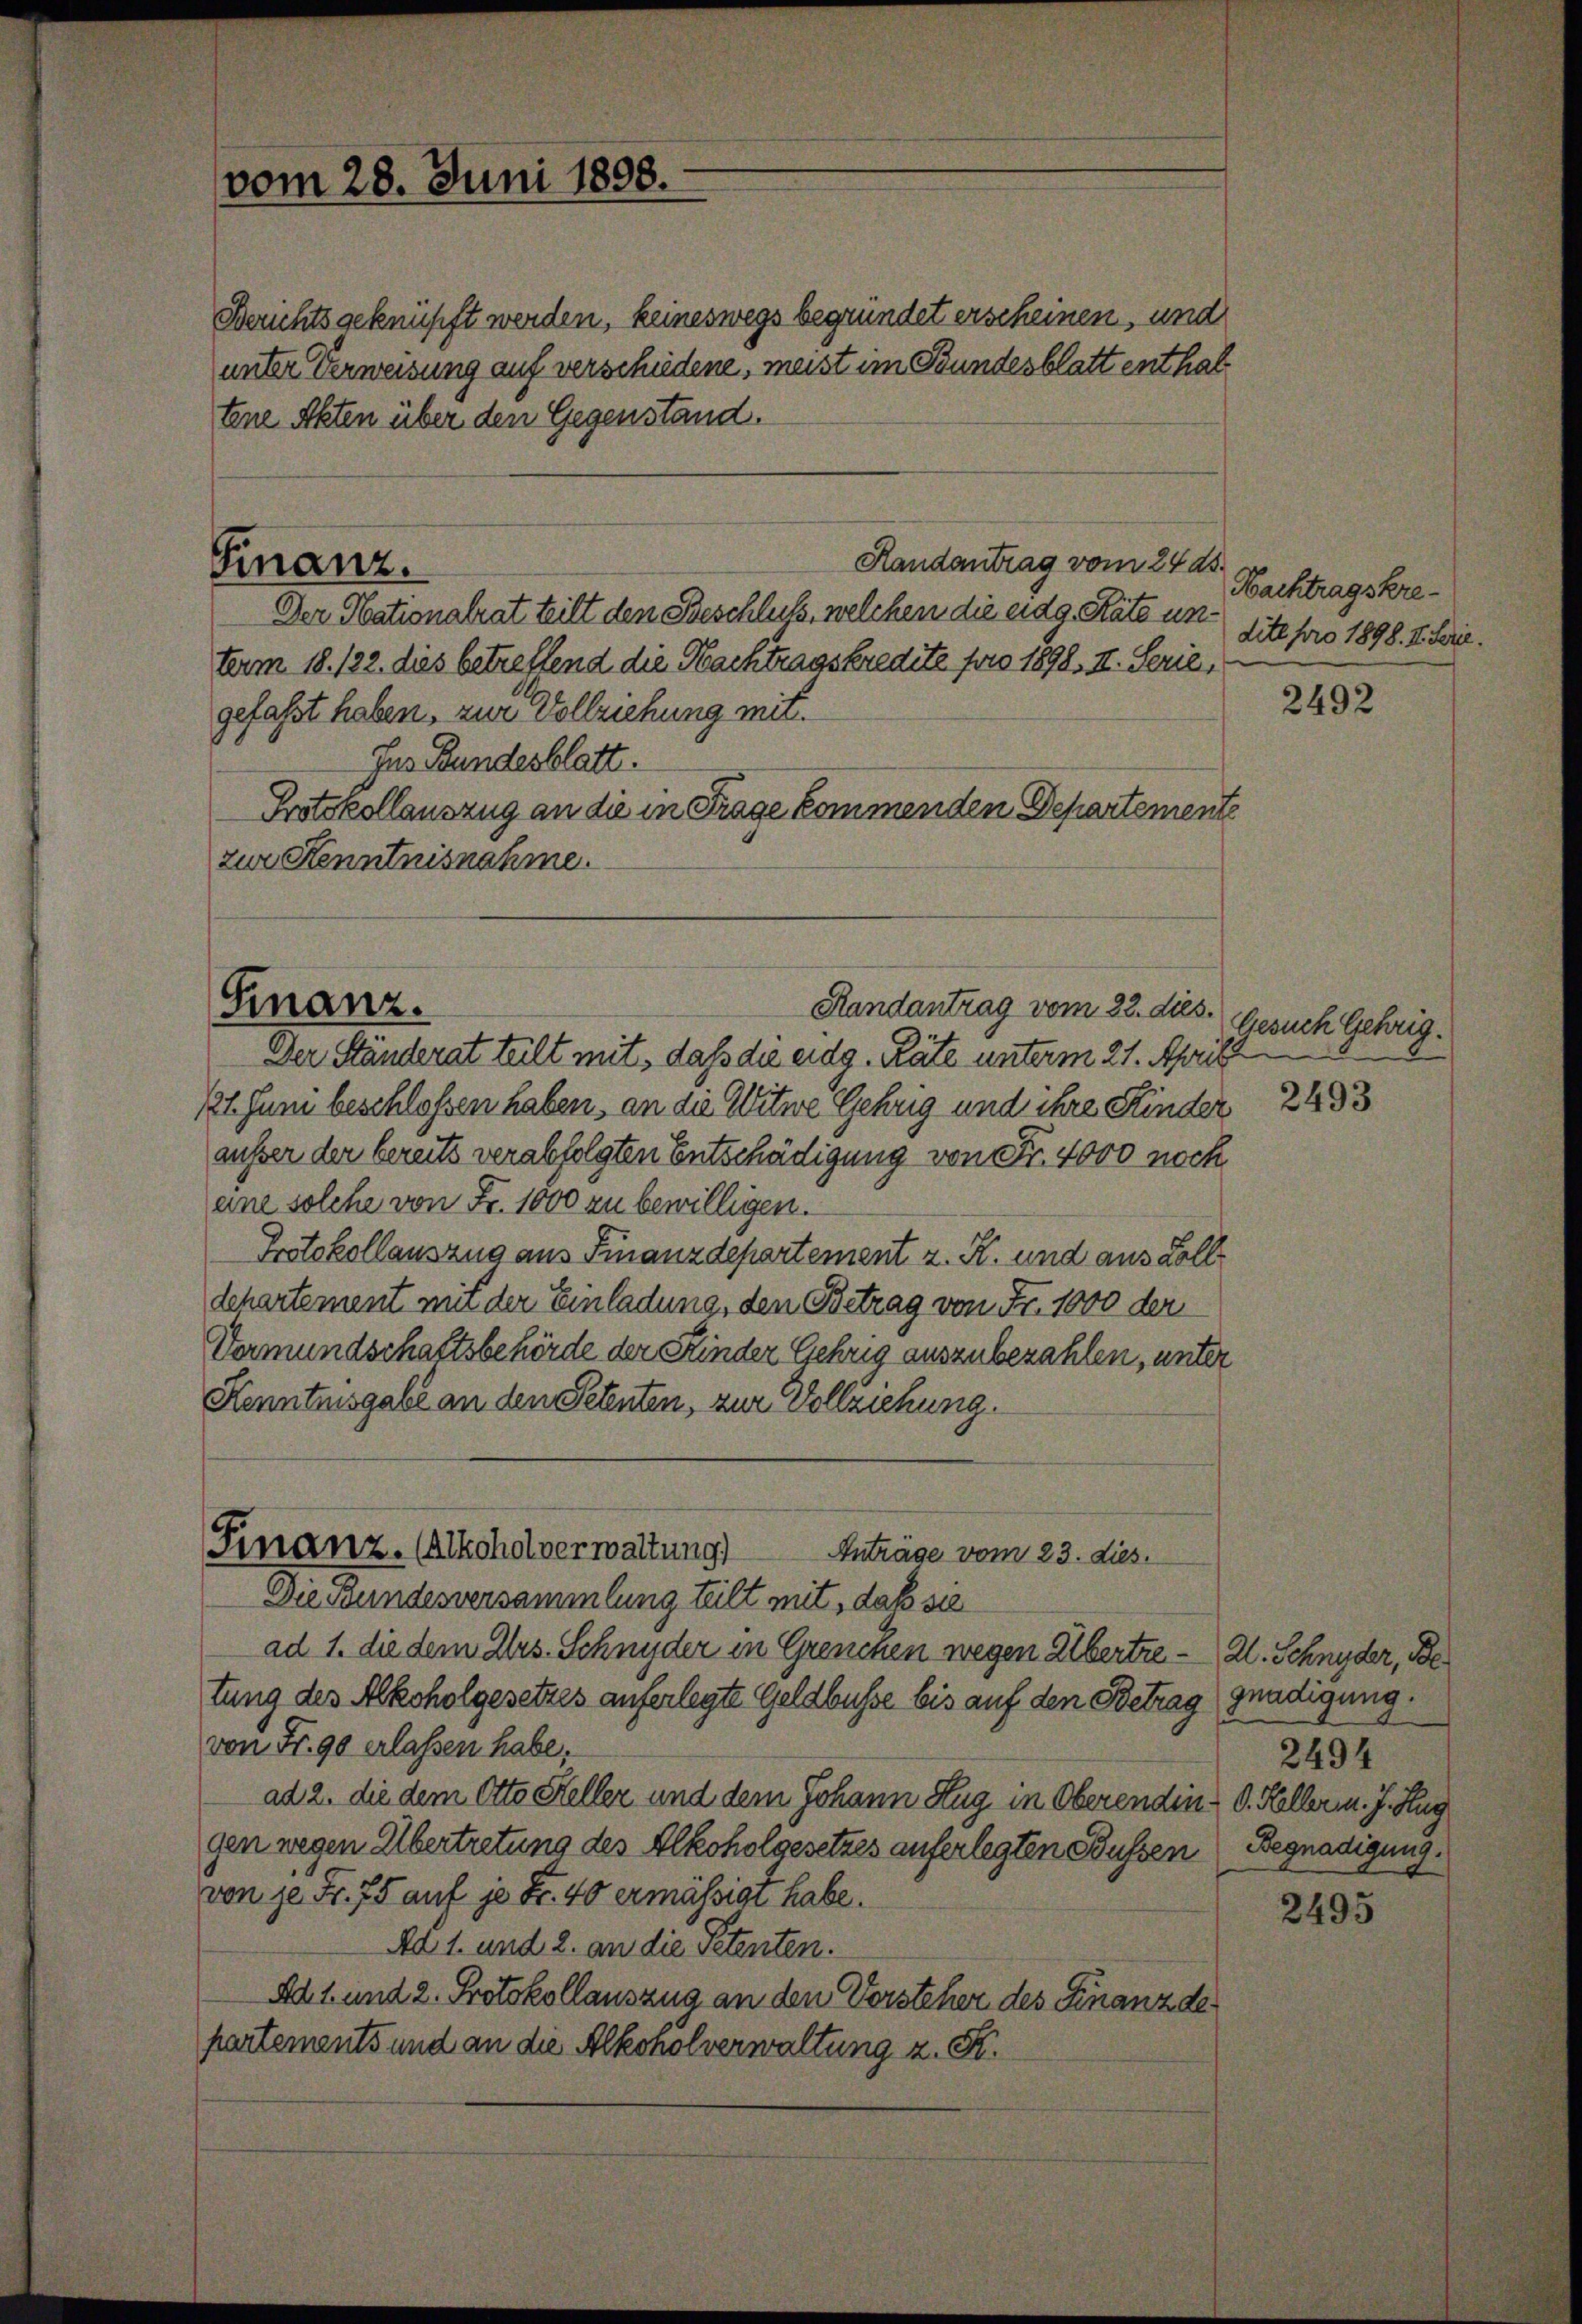
vom 28. Juni 1898.

Berichts geknüpft werden, keineswegs begründet erscheinen, und
unter Verweisung auf verschiedene, meist im Bundesblatt enthaltene Akten über den Gegenstand.

Finanz.

Finanz.

Finanz. (Alkoholverwaltung)
Anträge vom 23. dies.

Handantrag vom 24. ds.
Der Nationalrat teilt den Beschluss, welchen die eidg. Stäte unterm 18. 122. dies betreffend die Nachtragskredite foro 1898. II. Serie,
gefaßt haben, zur Vollziehung mit
Ins Bundesblatt.
Protokollauszug an die in Frage kommenden Departemente
zur Kenntnisnahme.

Randantrag vom 23. dies.

Der Ständerat teilt mit, daß die eidg. Räte unterm 21. April
11. Juni beschloßen haben, an die Witwe Gehrig und ihre Kinder
außer der bereits verabfolgten Entschädigung von Fr. 4000 noch
eine solche von Fr. 1000 zu bewilligen.
Protokollauszug aus Finanzdepartement z. R. und aus Zolldchartement mit der Einladung, den Betrag von Fr. 1000 der
Vormundschaftsbehörde der Kinder Gehrig auszubezahlen, unter
Kenntnisgabe an den Petenten, zur Vollziehung.
Die Bundesversammlung teilt mit, daß sie
ad 1. die dem Ars. Schnyder in Grenchen wegen Albertre - Zl. Schnyder, Be
tung des Alkoholgesetzes auferlegte Geldbusse bis auf den Betrag (gnadigung.
von Fr. 90 erlassen habe,
ad 2. die dem Otto Steller und dem Johann Zug in Oberenden O. Hellern. J. Hug
gen wegen Übertretung des Alkoholgesetzes auferlegten Bussen Begnadigung.
von je Fr. 75 auf je Fr. 40 ermässigt habe.
Ad 1. und 2. an die Petenten.
Ad 1. und 2. Protokollauszug an den Vorsteher des Finanzde
partements und an die Alkoholverwaltung z. K.

Nachtragskredite pro 1898. 4. Ferie.

2492

Gesuch Gehrig.
2493

2494

2495